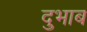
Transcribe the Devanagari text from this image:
दुभाब